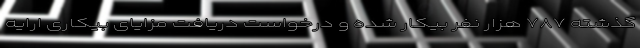
گذشته ۷۸۷ هزار نفر بیکار شده و درخواست دریافت مزایای بیکاری ارایه